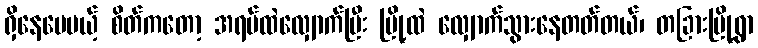
ရှိနေပေမယ့် စိတ်ကတော့ အရပ်ထဲလျှောက်ပြီး မြို့ထဲ လျှောက်သွားနေတတ်တယ်၊ တခြားမြို့ရွာ